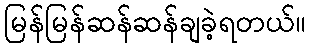
မြန်မြန်ဆန်ဆန်ချခဲ့ရတယ်။